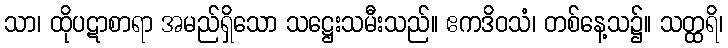
သာ၊ ထိုပဋာစာရာ အမည်ရှိသော သဋ္ဌေးသမီးသည်။ ဧကဒိဝသံ၊ တစ်နေ့သ၌။ သတ္ထရိ၊